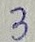
Text: 3